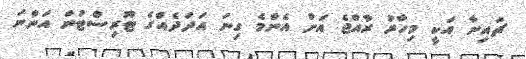
ޗައިނާ އަކީ މިހާރު ރާއްޖެ އަށް އެންމެ ގިނަ އަދަދެއްގެ ޓޫރިސްޓުން އަންނަ